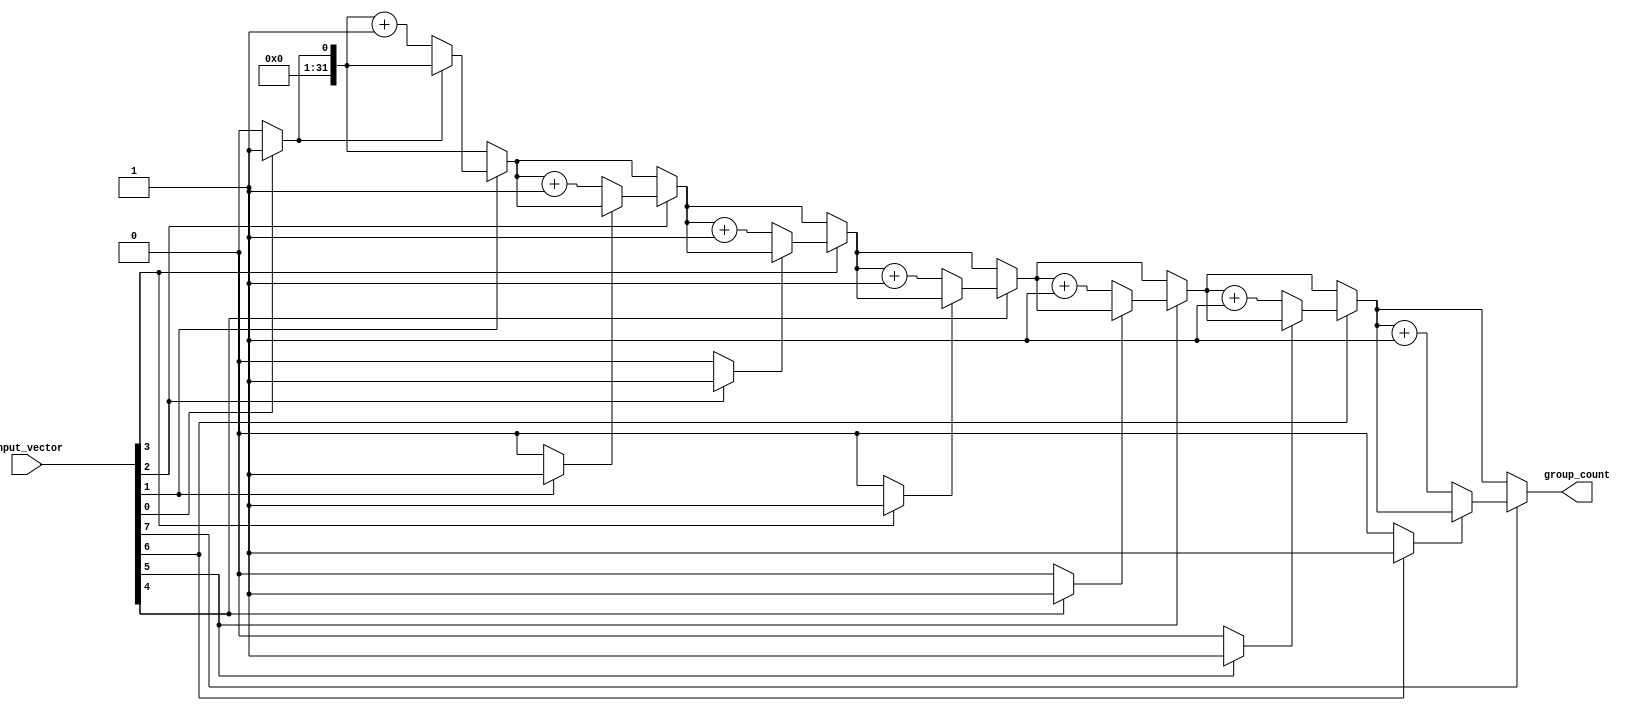
module GroupingOfOnes #(parameter N = 8) (
    input  wire [N-1:0] input_vector, // N-bit binary input vector
    output reg  [31:0] group_count      // Output for group count
);

    integer i;
    reg in_group;

    always @* begin
        // Initialize group_count and in_group
        group_count = 0;
        in_group = 0;

        // Traverse the input vector from LSB to MSB
        for (i = 0; i < N; i = i + 1) begin
            if (input_vector[i] == 1) begin
                if (in_group == 0) begin
                    group_count = group_count + 1; // New group found
                    in_group = 1; // Set flag to indicate we are in a group
                end
                // If already in a group, do nothing
            end else begin
                in_group = 0; // End current group
            end
        end
    end

endmodule